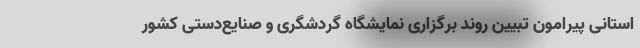
استانی پیرامون تبیین روند برگزاری نمایشگاه گردشگری و صنایع‌دستی کشور